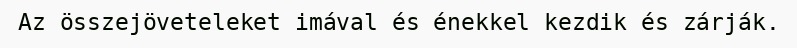
Az összejöveteleket imával és énekkel kezdik és zárják.